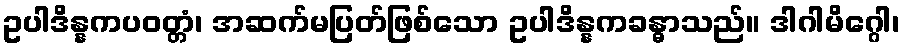
ဥပါဒိန္နကပဝတ္တံ၊ အဆက်မပြတ်ဖြစ်သော ဥပါဒိန္နကခန္ဓာသည်။ ဒါဂါမိဂ္ဂေါ၊